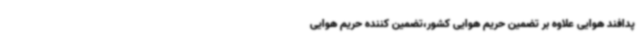
پدافند هوایی علاوه بر تضمین حریم هوایی کشور،تضمین کننده حریم هوایی